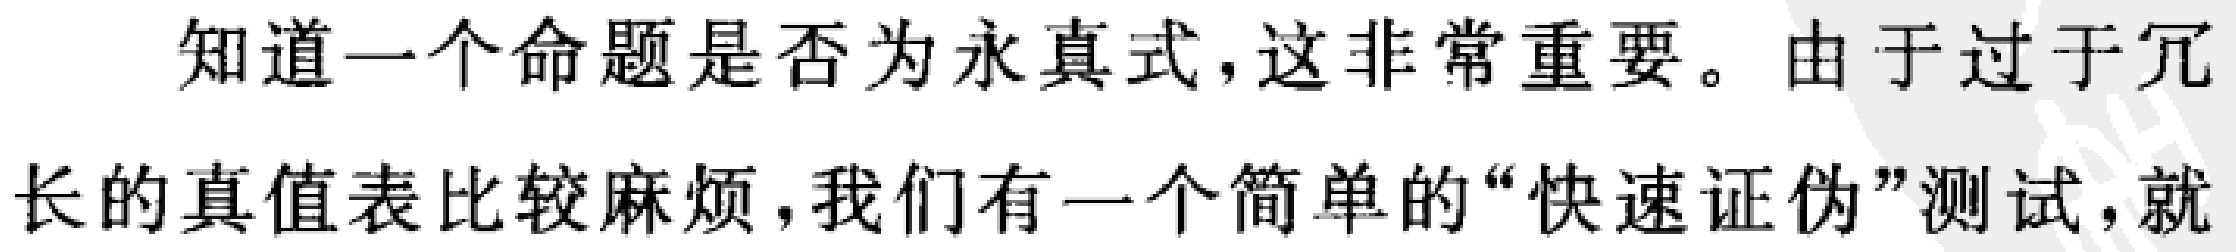
知道一个命题是否为永真式, 这非常重要。由于过于冗长的真值表比较麻烦, 我们有一个简单的 “快速证伪” 测试, 就